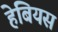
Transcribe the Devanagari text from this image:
हेबियस